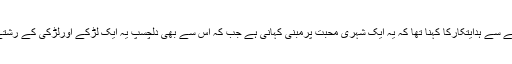
فلم کی کہانی کے حوالے سے ہدایتکارکا کہنا تھا کہ یہ ایک شہری محبت پرمبنی کہانی ہے جب کہ اس سے بھی دلچسپ یہ ایک لڑکے اورلڑکی کے رشتے سے متعلق بھی ہے۔